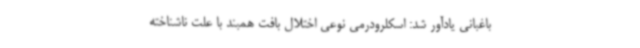
باغبانی یادآور شد: اسکلرودرمی نوعی اختلال بافت همبند با علت ناشناخته